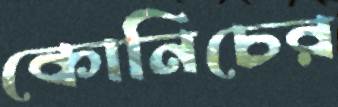
কোনিচের